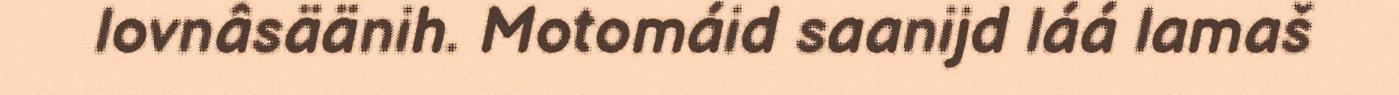
lovnâsäänih. Motomáid saanijd láá lamaš